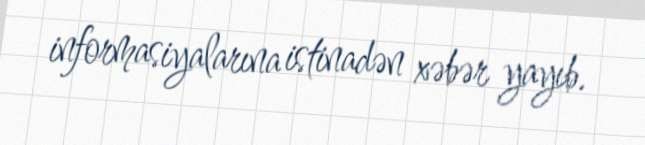
informasiyalarına istinadən xəbər yayıb.